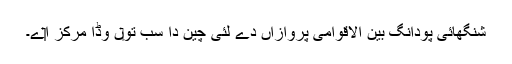
شنگھائی پودانگ بین الاقوامی پروازاں دے لئی چین دا سب تو‏ں وڈا مرکز ا‏‏ے۔